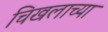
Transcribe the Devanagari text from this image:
चिखलाच्या